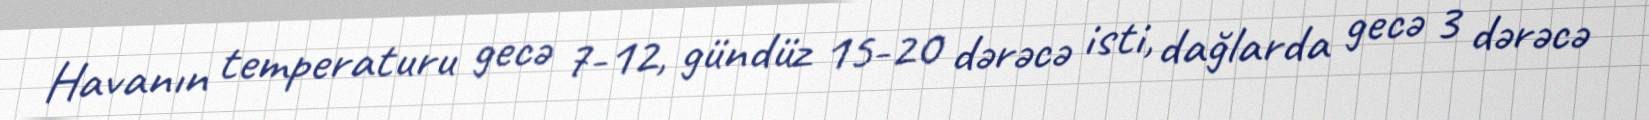
Havanın temperaturu gecə 7-12, gündüz 15-20 dərəcə isti, dağlarda gecə 3 dərəcə